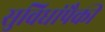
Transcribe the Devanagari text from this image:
सुविधांपैकी